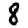
Digit: 8